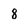
Character: 8